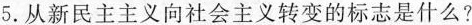
5.从新民主主义向社会主义转变的标志是什么？